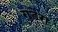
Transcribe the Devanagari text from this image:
गुडेरा